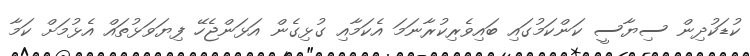
ކުޑަކުދިން ސިޔާސީ ކަންކަމުގައި ބައިވެރިކުރާނަމަ އެކަމާއި ގުޅިގެން އަޅަންޖެހޭ ފިޔަވަޅުތައް އެޅުމަށް ކަމާ